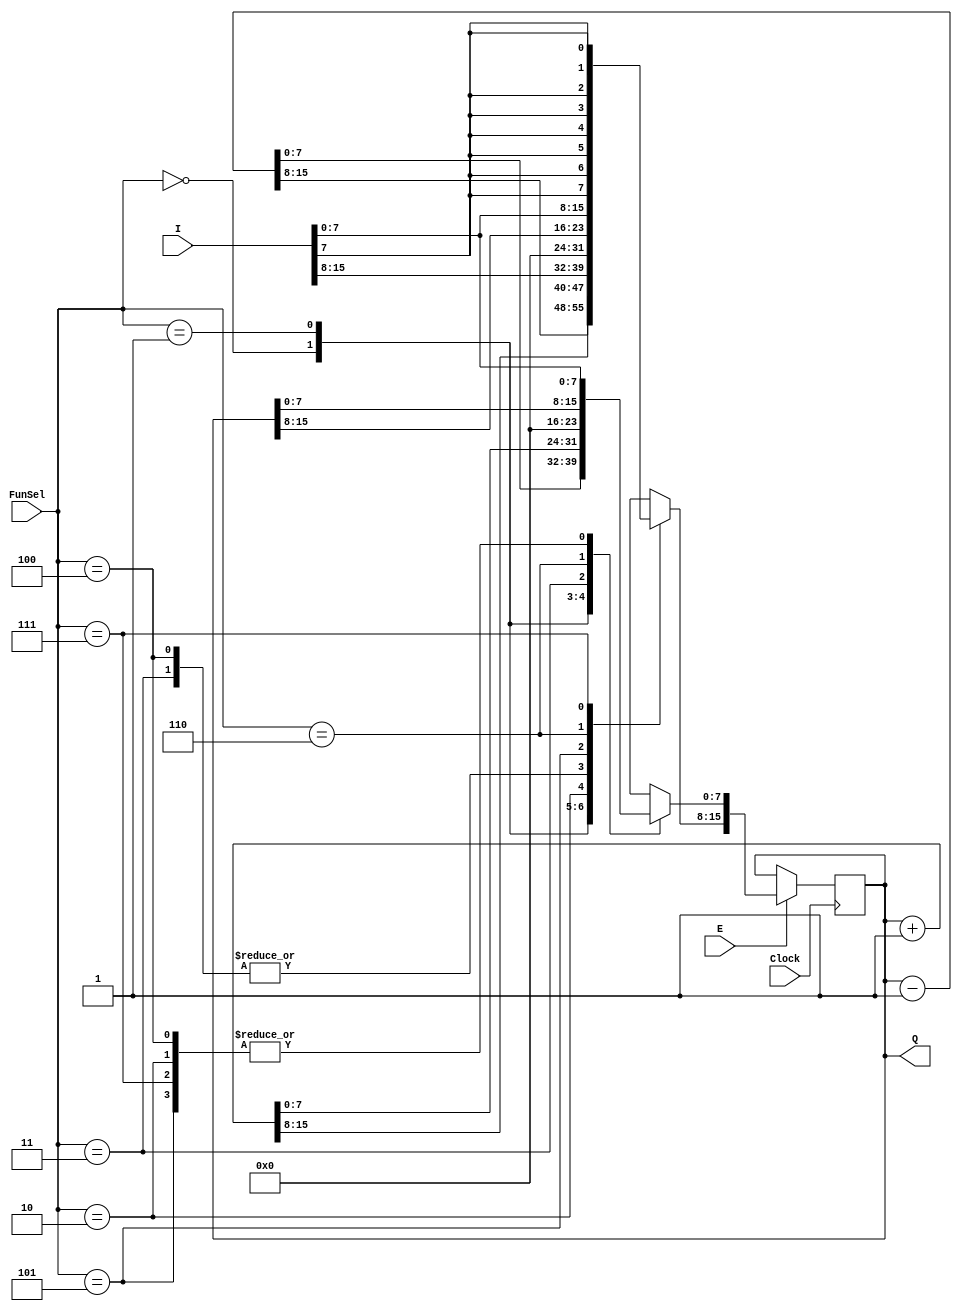
`timescale 1ns / 1ps
//////////////////////////////////////////////////////////////////////////////////
// Company: 
// Engineer: 
// 
// Design Name: 
// Module Name: Register
// Project Name: 
// Target Devices: 
// Tool Versions: 
// Description: 
// 
// Dependencies: 
// 
// Revision:
// Revision 0.01 - File Created
// Additional Comments:
// 
//////////////////////////////////////////////////////////////////////////////////


module Register(I, E, FunSel, Clock, Q);
    input wire [15:0] I;
    input wire E;
    input wire [2:0] FunSel;
    input wire Clock;
    
    output reg [15:0] Q;
    
    initial begin
        Q = 16'b0;
    end
    
    always @(posedge Clock) begin
        if(E) begin
            case(FunSel)
                3'b000: Q = Q - 16'd1;
                3'b001: Q = Q + 16'd1;
                3'b010: Q = I;
                3'b011: Q = 16'b0;
                3'b100: Q = {8'b0, I[7:0]};                            
                3'b101: Q[7:0] = I[7:0]; 
                3'b110: Q[15:8] = I[7:0]; 
                3'b111: Q[15:0] = { {8{I[7]}}, I[7:0] };   
            endcase
        end
    end
    
    
endmodule